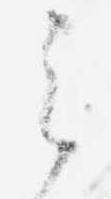
之